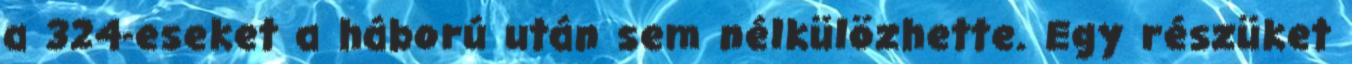
a 324-eseket a háború után sem nélkülözhette. Egy részüket